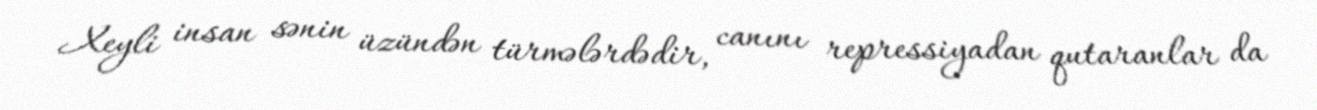
Xeyli insan sənin üzündən türmələrdədir, canını repressiyadan qutaranlar da